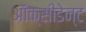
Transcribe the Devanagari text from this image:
ऑक्सीडेन्ट